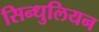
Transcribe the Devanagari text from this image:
सिन्धुलियन